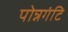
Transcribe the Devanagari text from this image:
पोन्नगंटि